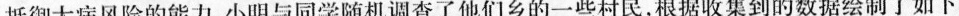
抵御大病风险的能力。小明与同学随机调查了他们乡的一些村民，根据收集到的数据绘制了如下